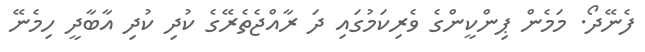
ފެނޭދޯ. މަމެން ޕިންކީންގެ ވެރިކަމުގައި ދަ ރާއްޖެތެރޭގެ ކުދި ކުދި އާބާދީ ހިމެނޭ